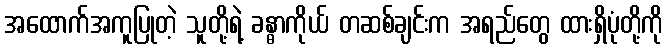
အထောက်အကူပြုတဲ့ သူတို့ရဲ့ ခန္ဓာကိုယ် တဆစ်ချင်းက အရည်တွေ ထားရှိပုံတို့ကို